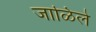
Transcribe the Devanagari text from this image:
जाळिले